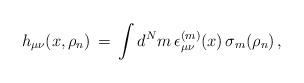
\begin{align*}h_{\mu\nu}(x,\rho_n)\, = \,\int d^N m\, \epsilon_{\mu\nu}^{(m)}(x)\, \sigma_m (\rho_n)\,, \end{align*}